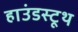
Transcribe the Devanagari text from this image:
हाउंडस्टूथ